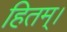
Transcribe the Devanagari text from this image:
हितम्।